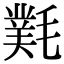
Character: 㲫